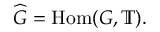
{ \widehat { G } } = { \mathrm { H o m } } ( G , \mathbb { T } ) .